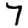
Digit: 7